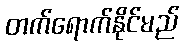
တက်ရောက်နိုင်မည်